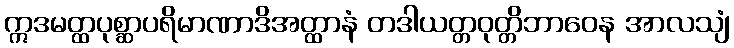
ဣဒမတ္ထပုစ္ဆာပရိမာဏာဒိအတ္ထာနံ တဒါယတ္တဝုတ္တိဘာဝေန အာလသျံ